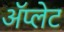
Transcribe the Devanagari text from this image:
ॲप्लेट